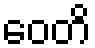
ဝေတိ